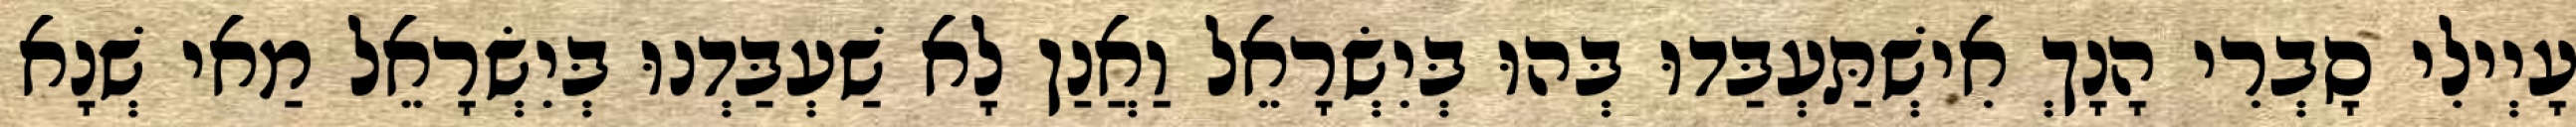
עָיְילִי סָבְרִי הָנָךְ אִישְׁתַּעְבַּדוּ בְּהוּ בְּיִשְׂרָאֵל וַאֲנַן לָא שַׁעְבַּדְנוּ בְּיִשְׂרָאֵל מַאי שְׁנָא